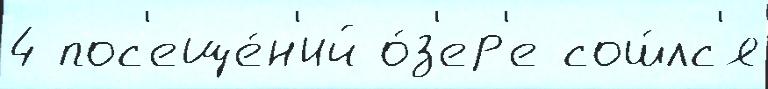
4 пос'еще́н'ий о́з'ер'е сош́лс'я